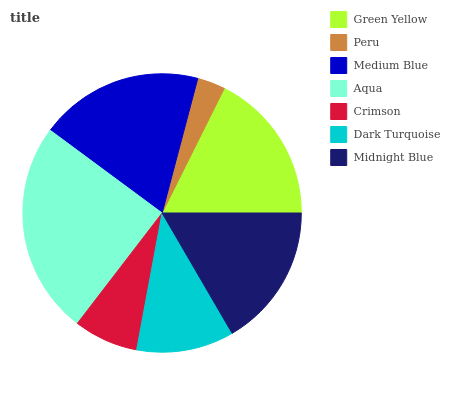
| Green Yellow | Peru | Medium Blue | Aqua | Crimson | Dark Turquoise | Midnight Blue |
 | --- | --- | --- | --- | --- | --- | --- |
 | 17.7% | 3.25% | 19% | 24.7% | 7.5% | 11.3% | 16.6% |